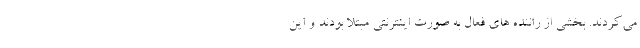
می‌کردند. بخشی از راننده های فعال به صورت اینترنتی مبتلا بودند و این